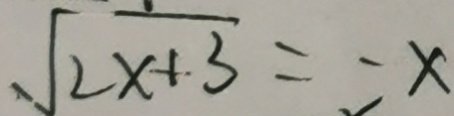
\sqrt { 2 x + 3 } = - x